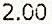
2.00